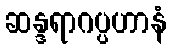
ဆန္ဒရာဂပ္ပဟာနံ